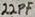
Text: 22pF